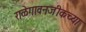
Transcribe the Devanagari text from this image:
राळेगावनजीकच्या